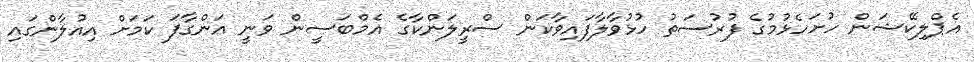
އެޕްލިކޭޝަން ހުށަހެޅުމުގެ ފުރުސަތު ހުޅުވާލާފައިވާކަން ސްރީލަންކާގެ އެމްބަސީން ވަނީ އަންގާފަ ކަމަށް އިއުލާންގައި